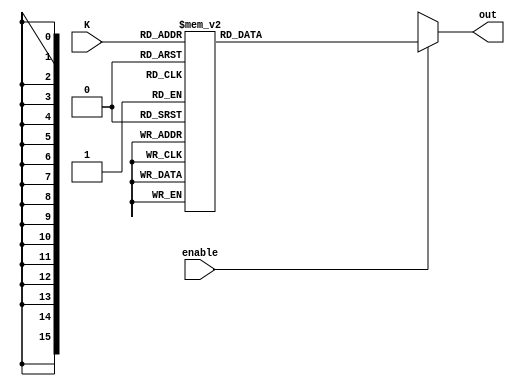
`timescale 1ns/1ns
module decoder
(
    input [3:0] K,
    input enable,
    output [15:0] out
);

    reg [15:0] temp = 16'b0000000000000000;

    always @(*)
    begin
        if(enable == 1'b1)
        begin
            case(K)
                4'b0000: temp <= 16'b0000000000000001;
                4'b0001: temp <= 16'b0000000000000010;
                4'b0010: temp <= 16'b0000000000000100;
                4'b0011: temp <= 16'b0000000000001000;
                4'b0100: temp <= 16'b0000000000010000;
                4'b0101: temp <= 16'b0000000000100000;
                4'b0110: temp <= 16'b0000000001000000;
                4'b0111: temp <= 16'b0000000010000000;
                4'b1000: temp <= 16'b0000000100000000;
                4'b1001: temp <= 16'b0000001000000000;
                4'b1010: temp <= 16'b0000010000000000;
                4'b1011: temp <= 16'b0000100000000000;
                4'b1100: temp <= 16'b0001000000000000;
                4'b1101: temp <= 16'b0010000000000000;
                4'b1110: temp <= 16'b0100000000000000;
                4'b1111: temp <= 16'b1000000000000000;
            endcase
        end
        else
        begin
            temp <= 16'bxxxxxxxxxxxxxxxx; 
        end
    end

    assign out = temp;

endmodule

module decoder_tb;
    reg [3:0] K = 4'b0000;
    reg enable = 1'b0;
    wire [15:0] D;

    decoder Dec(.K(K), .enable(enable), .out(D));
    
    initial
    begin
        $dumpfile("decoder.vcd");
        $dumpvars(0, decoder_tb);
    end

    initial 
    begin
        enable = 1'b0;
        K = 4'b0000;
        #50;

        enable = 1'b1;
        K = 4'b0001;
        #50;

        enable = 1'b1;
        K = 4'b0010;
        #50;

        enable = 1'b0;
        K = 4'b0011;
        #50;

        enable = 1'b1;
        K = 4'b0100;
        #50;

        enable = 1'b0;
        K = 4'b0101;
        #50;

        enable = 1'b1;
        K = 4'b1111;
        #50;

        enable = 1'b0;
        K = 4'b1110;
        #50;

        enable = 1'b1;
        K = 4'b1101;
        #50;

        enable = 1'b1;
        K = 4'b1100;
        #50;
    end

    initial
    begin
        $monitor("Encoded input: %b\nenable = %b\nDecoded output:\nD15 = %b\tD14 = %b\tD13 = %b\tD12 = %b\tD11 = %b\tD10 = %b\tD9 = %b\tD8 = %b\tD7 = %b\tD6 = %b\tD5 = %b\tD4 = %b\tD3 = %b\tD2 = %b\tD1 = %b\tD0 = %b\n",K, enable, D[15], D[14], D[13], D[12], D[11], D[10], D[9], D[8], D[7], D[6], D[5], D[4], D[3], D[2], D[1], D[0]);
    end

endmodule